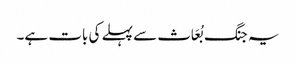
یہ جنگ بُعَاث سے پہلے کی بات ہے۔